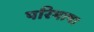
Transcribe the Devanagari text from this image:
परिभाषा